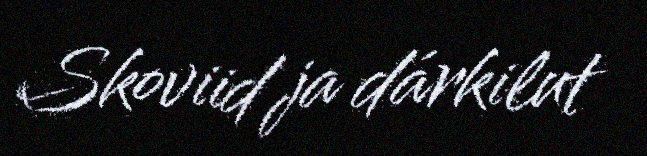
Skoviid ja dárkilut